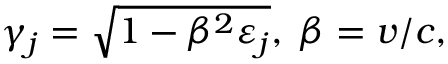
\gamma _ { j } = \sqrt { 1 - \beta ^ { 2 } \varepsilon _ { j } } , \; \beta = v / c ,